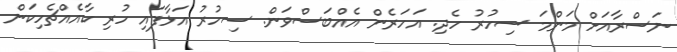
ނަސްރާއަށް މަންމަ ސިހުރު ހެދި. އަހަރެން އެއްބަސްވަން. ސިހުރު އަޅާފައި ހުރި ކާއެއްޗެހިކަން